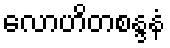
လောဟိတစန္ဒနံ